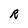
Character: R